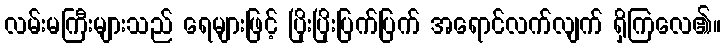
လမ်းမကြီးများသည် ရေများဖြင့် ပြိုးပြိုးပြက်ပြက် အရောင်လက်လျက် ရှိကြလေ၏။